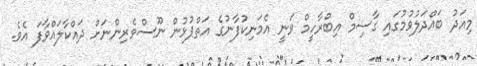
މިއަދު ބައްދަލުވުމުގައި ގާސިމް އިބްރާހީމް ވަނީ އެމަނިކުފާނުގެ އަތްޕުޅުން ނޫސްވެރިންނަށް ދައްކާލައްވާފަ އެވެ.